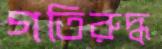
গতিরুদ্ধ